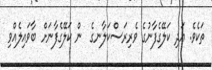
ތަކެވެ. އަދި ކަލޭގެފާނުގެ ވެރިރަސްކަލާނގެ  ން ކަލޭގެފާނަށް ބާވައިލެއްވި